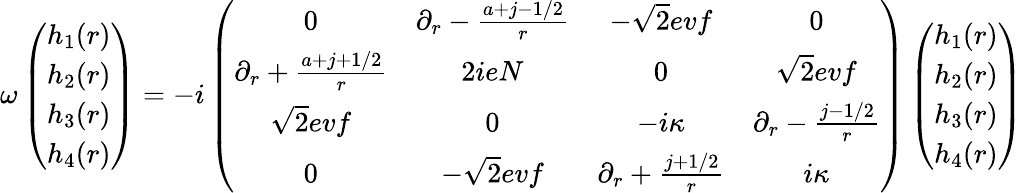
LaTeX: \omega\left(\begin{array}{c}{{h_{1}(r)}}\\ {{h_{2}(r)}}\\ {{h_{3}(r)}}\\ {{h_{4}(r)}}\end{array}\right)=-i\left(\begin{array}{cccc}{{0}}&{{\partial_{r}-{\frac{a+j-1/2}{r}}}}&{{-\sqrt{2}evf}}&{{0}}\\ {{\partial_{r}+{\frac{a+j+1/2}{r}}}}&{{2ieN}}&{{0}}&{{\sqrt{2}evf}}\\ {{\sqrt{2}evf}}&{{0}}&{{-i\kappa}}&{{\partial_{r}-{\frac{j-1/2}{r}}}}\\ {{0}}&{{-\sqrt{2}evf}}&{{\partial_{r}+{\frac{j+1/2}{r}}}}&{{i\kappa}}\end{array}\right)\left(\begin{array}{c}{{h_{1}(r)}}\\ {{h_{2}(r)}}\\ {{h_{3}(r)}}\\ {{h_{4}(r)}}\end{array}\right)